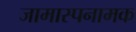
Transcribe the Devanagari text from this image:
जामास्पनामक